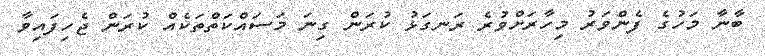
ބާނާ މަހުގެ ފެންވަރު މިހާރަށްވުރެ ރަނގަޅު ކުރަން ގިނަ މަސައްކަތްތަކެއް ކުރަން ޖެހިފައިވާ